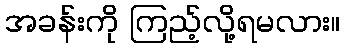
အခန်းကို ကြည့်လို့ရမလား။